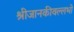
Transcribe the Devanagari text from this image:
श्रीजानकीवल्लभो